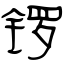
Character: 锣